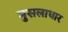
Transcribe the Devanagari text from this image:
मुसलाधार